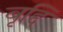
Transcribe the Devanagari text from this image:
बृद्दि